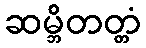
ဆမ္ဘိတတ္တံ